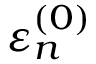
\varepsilon _ { n } ^ { ( 0 ) }